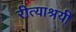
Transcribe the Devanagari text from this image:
रीत्याश्रयी